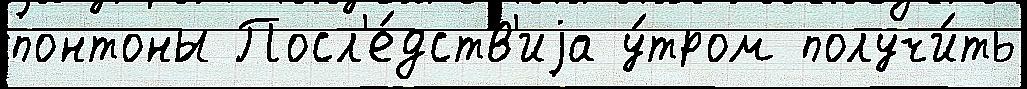
понтоны Посл'е́дств'иjа у́тром получи́ть